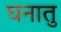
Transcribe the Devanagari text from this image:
घनातु